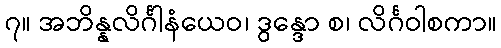
၇။ အဘိန္နလိင်္ဂါနံယေဝ၊ ဒွန္ဒော စ၊ လိင်္ဂဝါစကာ။